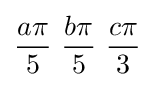
{a\pi  \over 5}\ {b\pi  \over 5}\ {c\pi  \over 3}